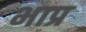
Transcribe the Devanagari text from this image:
भाप्र